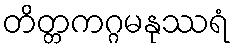
တိတ္တကဂ္ဂမနုဿရံ